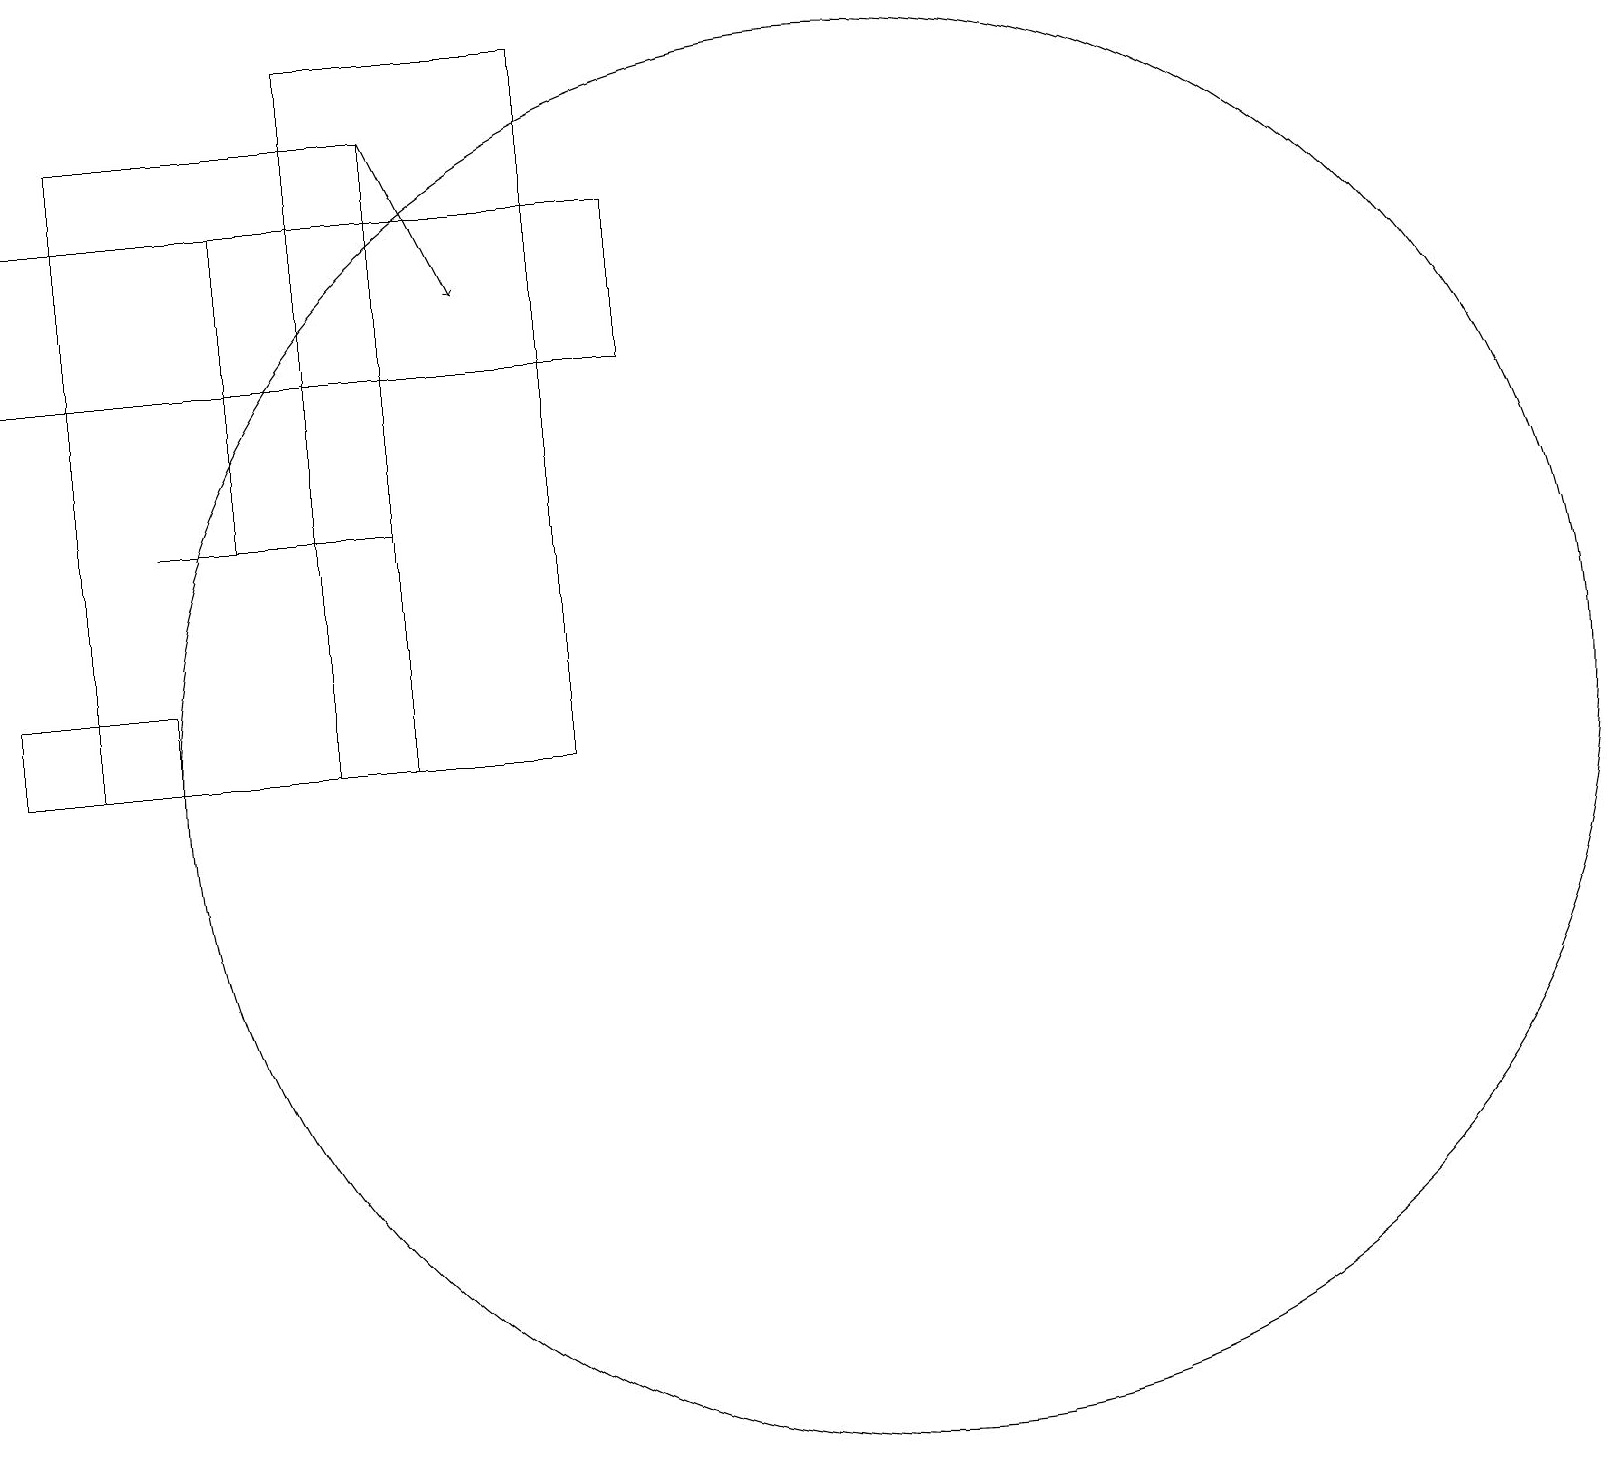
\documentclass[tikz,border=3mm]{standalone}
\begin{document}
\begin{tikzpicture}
\draw[->] (5,18) -- (6,16);
\draw (4,19) rectangle (7,10);
\draw (3,13) rectangle (4,17);
\draw (11,10) circle (9);
\draw (1,18) rectangle (5,10);
\draw (0,11) rectangle (2,10);
\draw (5,13) rectangle (2,13);
\draw (0,15) rectangle (8,17);
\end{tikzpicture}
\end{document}